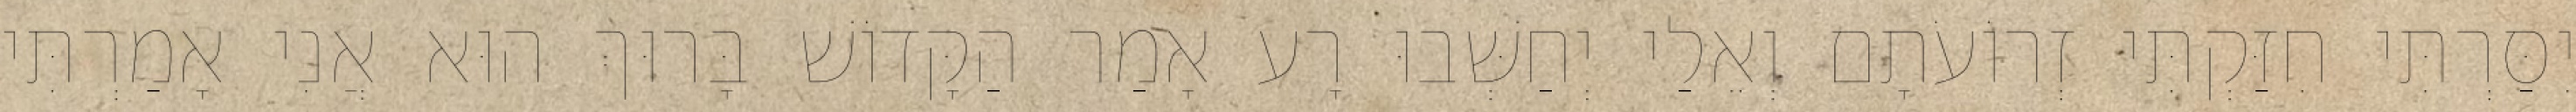
יִסַּרְתִּי חִזַּקְתִּי זְרוֹעֹתָם וְאֵלַי יְחַשְּׁבוּ רָע אָמַר הַקָּדוֹשׁ בָּרוּךְ הוּא אֲנִי אָמַרְתִּי